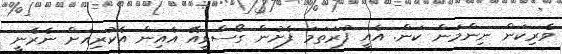
ވެރިކަން ނިންމަން ކަން. އެއީ ފުރަތަމަ ފެށުން ގޯސްވީއޭ އެއިން އެކުރިއަށް ނެރެނީ